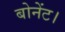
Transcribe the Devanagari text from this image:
बोनेंट।